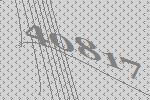
40817